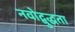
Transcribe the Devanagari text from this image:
नवोद्बुद्धता